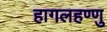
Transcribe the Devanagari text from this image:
हागलहण्णु